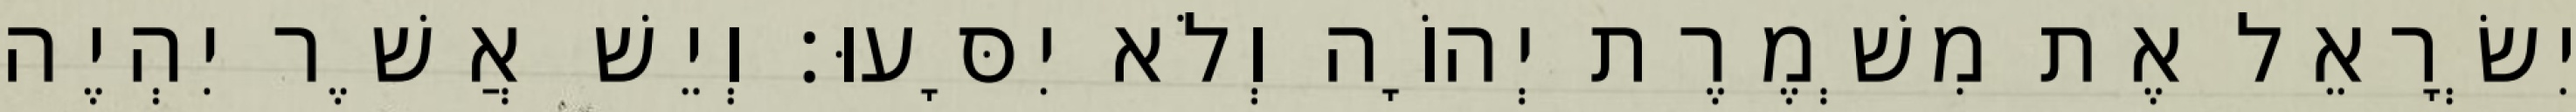
יִשְׂרָאֵל אֶת מִשְׁמֶרֶת יְהוָֹה וְלֹא יִסָּעוּ׃ וְיֵשׁ אֲשֶׁר יִהְיֶה